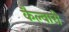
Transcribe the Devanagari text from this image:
कैल्वारी